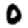
Digit: 0